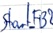
Text: Start_FB2